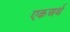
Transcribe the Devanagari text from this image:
एकअर्थ